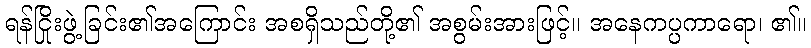
ရန်ငြိုးဖွဲ့ခြင်း၏အကြောင်း အစရှိသည်တို့၏ အစွမ်းအားဖြင့်။ အနေကပ္ပကာရော၊ ၏။